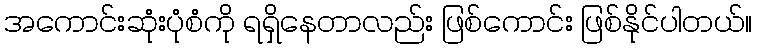
အကောင်းဆုံးပုံစံကို ရရှိနေတာလည်း ဖြစ်ကောင်း ဖြစ်နိုင်ပါတယ်။